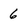
Character: 6